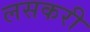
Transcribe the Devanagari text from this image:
लसकरी